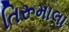
તિરૂમાલા